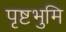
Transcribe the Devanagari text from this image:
पृष्टभुमि